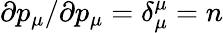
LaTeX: \partial p_{\mu}/\partial p_{\mu}=\delta_{\mu}^{\mu}=n